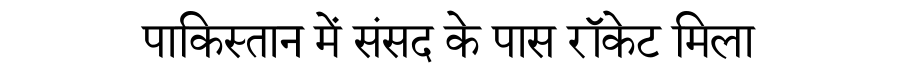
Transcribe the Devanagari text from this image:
पाकिस्तान में संसद के पास रॉकेट मिला